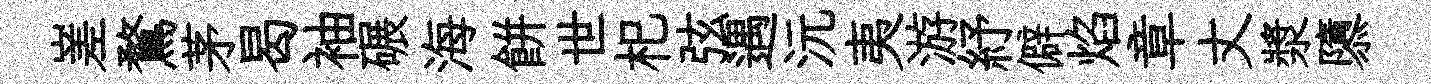
嵳鶩茅曷袖碾海餅世𣏌弦遇沅夷游紓僻焰章丈漿隳